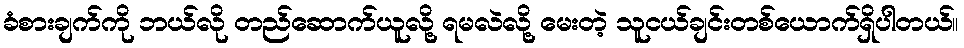
ခံစားချက်ကို ဘယ်လို တည်ဆောက်ယူလို့ ရမလဲလို့ မေးတဲ့ သူငယ်ချင်းတစ်ယောက်ရှိပါတယ်။